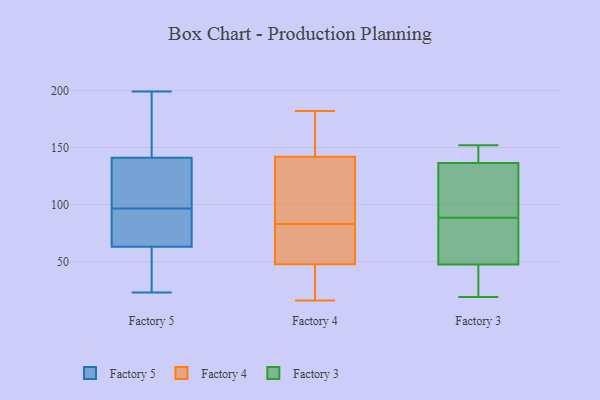
{"axis": {"x": "Gross Profit (USD K)", "y": "Value"}, "legend": ["Factory 3", "Factory 4", "Factory 5"], "data": [{"x": "", "y": 93, "type": "Factory 5"}, {"x": "", "y": 72, "type": "Factory 5"}, {"x": "", "y": 199, "type": "Factory 5"}, {"x": "", "y": 23, "type": "Factory 5"}, {"x": "", "y": 100, "type": "Factory 5"}, {"x": "", "y": 141, "type": "Factory 5"}, {"x": "", "y": 87, "type": "Factory 5"}, {"x": "", "y": 33, "type": "Factory 5"}, {"x": "", "y": 189, "type": "Factory 5"}, {"x": "", "y": 118, "type": "Factory 5"}, {"x": "", "y": 175, "type": "Factory 5"}, {"x": "", "y": 167, "type": "Factory 5"}, {"x": "", "y": 46, "type": "Factory 5"}, {"x": "", "y": 47, "type": "Factory 5"}, {"x": "", "y": 54, "type": "Factory 5"}, {"x": "", "y": 92, "type": "Factory 5"}, {"x": "", "y": 113, "type": "Factory 5"}, {"x": "", "y": 112, "type": "Factory 5"}, {"x": "", "y": 78, "type": "Factory 5"}, {"x": "", "y": 141, "type": "Factory 5"}, {"x": "", "y": 20, "type": "Factory 4"}, {"x": "", "y": 175, "type": "Factory 4"}, {"x": "", "y": 16, "type": "Factory 4"}, {"x": "", "y": 83, "type": "Factory 4"}, {"x": "", "y": 125, "type": "Factory 4"}, {"x": "", "y": 143, "type": "Factory 4"}, {"x": "", "y": 45, "type": "Factory 4"}, {"x": "", "y": 56, "type": "Factory 4"}, {"x": "", "y": 182, "type": "Factory 4"}, {"x": "", "y": 139, "type": "Factory 4"}, {"x": "", "y": 75, "type": "Factory 4"}, {"x": "", "y": 69, "type": "Factory 3"}, {"x": "", "y": 150, "type": "Factory 3"}, {"x": "", "y": 117, "type": "Factory 3"}, {"x": "", "y": 19, "type": "Factory 3"}, {"x": "", "y": 27, "type": "Factory 3"}, {"x": "", "y": 141, "type": "Factory 3"}, {"x": "", "y": 132, "type": "Factory 3"}, {"x": "", "y": 23, "type": "Factory 3"}, {"x": "", "y": 75, "type": "Factory 3"}, {"x": "", "y": 152, "type": "Factory 3"}, {"x": "", "y": 68, "type": "Factory 3"}, {"x": "", "y": 102, "type": "Factory 3"}]}